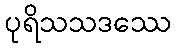
ပုရိသသဒဿေ